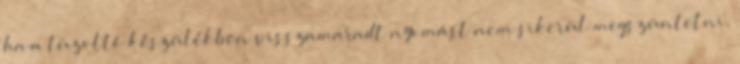
ha a tûzoltó készülékben visszamaradt nyomást nem sikerül megszüntetni,